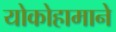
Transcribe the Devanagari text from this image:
योकोहामाने